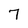
Character: 7